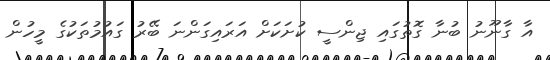
އާ ގާނޫނު ބުނާ ގޮތުގައި ޖިންސީ ކުށަކަށް އަރައިގަންނަ ބޭރު ގައުމުތަކުގެ މީހުން